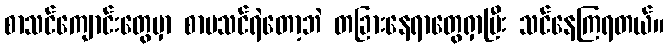
စာသင်ကျောင်းတွေမှာ စာမသင်ရဲတော့ဘဲ တခြားနေရာတွေရှာပြီး သင်နေကြရတယ်။